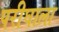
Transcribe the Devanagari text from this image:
परीघाला